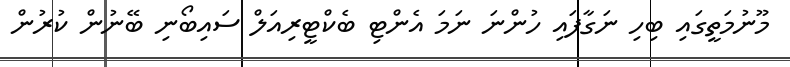
މޫނުމަތީގައި ބިހި ނަގާފައި ހުންނަ ނަމަ އެންޓި ބެކްޓީރިއަލް ސައިބޯނި ބޭނުން ކުރުން